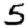
Digit: 5